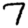
Digit: 7